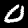
Digit: 0